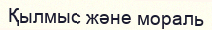
Қылмыс және мораль